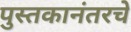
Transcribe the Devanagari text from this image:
पुस्तकानंतरचे